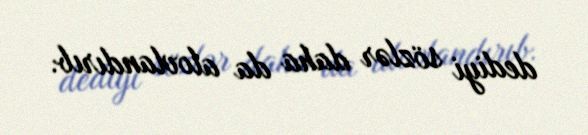
dediyi sözlər daha da alovlandırıb.